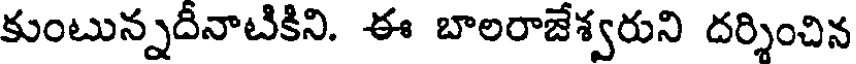
కుంటున్నదీనాటికిని. ఈ బాలరాజేశ్వరుని దర్శించిన